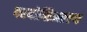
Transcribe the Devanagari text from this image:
परदोक्षिअल्ल्य